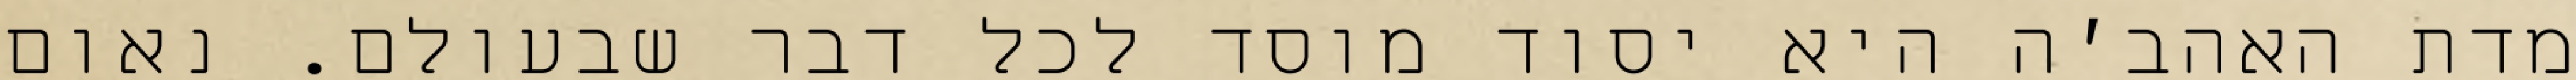
מדת האהב׳ה היא יסוד מוסד לכל דבר שבעולם. נאום